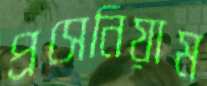
প্রসেনিয়াম